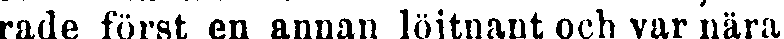
rade först en annan löjtnant och var nära